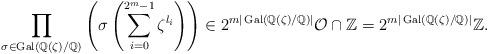
LaTeX: \begin{align*}\prod_{\sigma\in\operatorname{Gal}(\mathbb{Q}(\zeta)/\mathbb{Q})}\left(\sigma\left(\sum_{i=0}^{2^m-1}\zeta^{l_i}\right)\right)\in2^{m|\operatorname{Gal}(\mathbb{Q}(\zeta)/\mathbb{Q})|}\mathcal{O}\cap\mathbb{Z}=2^{m|\operatorname{Gal}(\mathbb{Q}(\zeta)/\mathbb{Q})|}\mathbb{Z}.\end{align*}